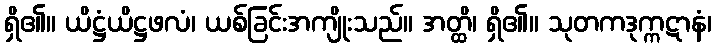
ရှိ၏။ ယိဋ္ဌံယိဋ္ဌဖလံ၊ ယစ်ခြင်းအကျိုးသည်။ အတ္ထိ၊ ရှိ၏။ သုတကဒုက္ကဋာနံ၊